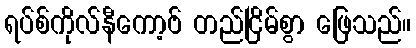
ရပ်စ်ကိုလ်နီကော့ဗ် တည်ငြိမ်စွာ ဖြေသည်။